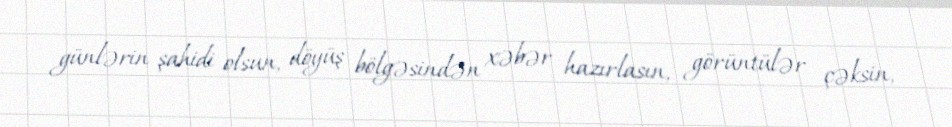
günlərin şahidi olsun, döyüş bölgəsindən xəbər hazırlasın, görüntülər çəksin,